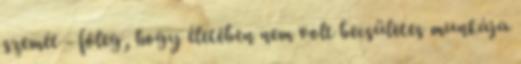
szemét - főleg, hogy életében nem volt becsületes munkája